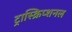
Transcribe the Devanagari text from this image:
ट्रास्क्रिप्शनल